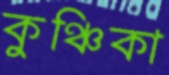
কুঞ্চিকা